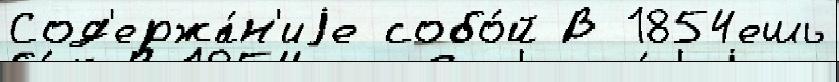
Сод'ержа́н'иjе собо́й В 1854ешь